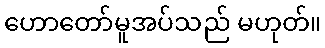
ဟောတော်မူအပ်သည် မဟုတ်။